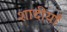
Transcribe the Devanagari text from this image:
शादीयाँ